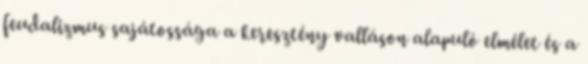
feudalizmus sajátossága a keresztény valláson alapuló elmélet és a